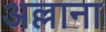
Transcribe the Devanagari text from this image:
अल्लाना